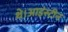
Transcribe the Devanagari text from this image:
थे।आइंस्टीन